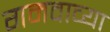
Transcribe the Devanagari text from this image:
गमवाव्या